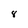
Character: 8